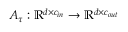
A _ { \tau } : \mathbb { R } ^ { d \times c _ { i n } } \rightarrow \mathbb { R } ^ { d \times c _ { o u t } }